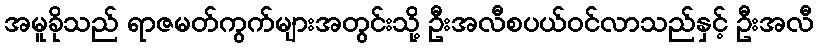
အမူခိုသည် ရာဇမတ်ကွက်များအတွင်းသို့ ဦးအလီစပယ်ဝင်လာသည်နှင့် ဦးအလီ